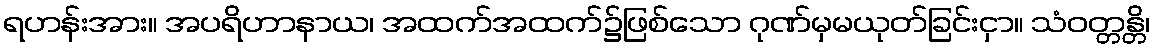
ရဟန်းအား။ အပရိဟာနာယ၊ အထက်အထက်၌ဖြစ်သော ဂုဏ်မှမယုတ်ခြင်းငှာ။ သံဝတ္တန္တိ၊